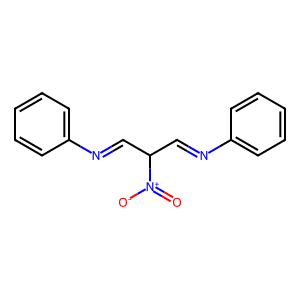
SMILES: O=[N+]([O-])C(C=Nc1ccccc1)C=Nc1ccccc1
Inhibits HIV replication: No